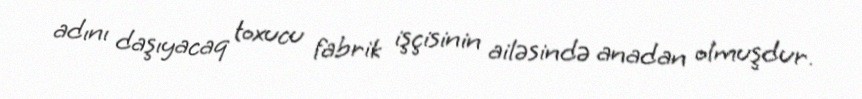
adını daşıyacaq toxucu fabrik işçisinin ailəsində anadan olmuşdur.